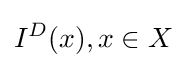
I^{D}(x),x\in X